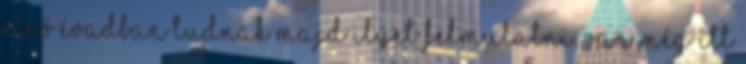
első évadban tudnak majd ilyet felmutatni. Van még itt